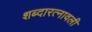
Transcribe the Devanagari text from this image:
शब्दारत्नावली